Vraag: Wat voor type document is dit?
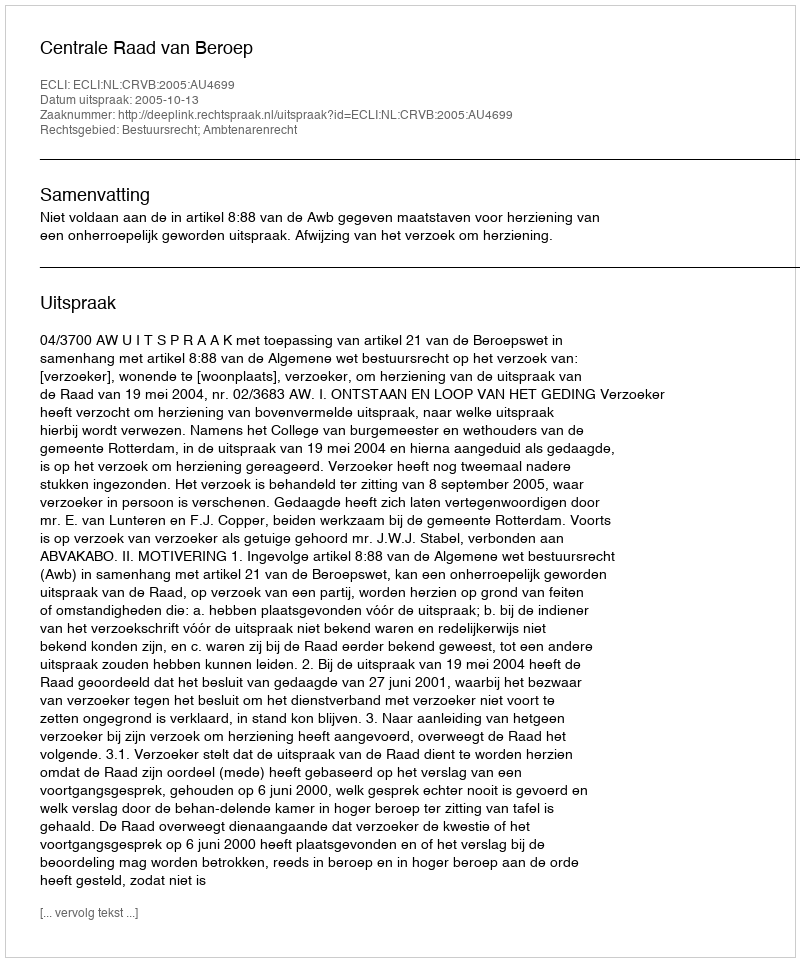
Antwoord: Uitspraak